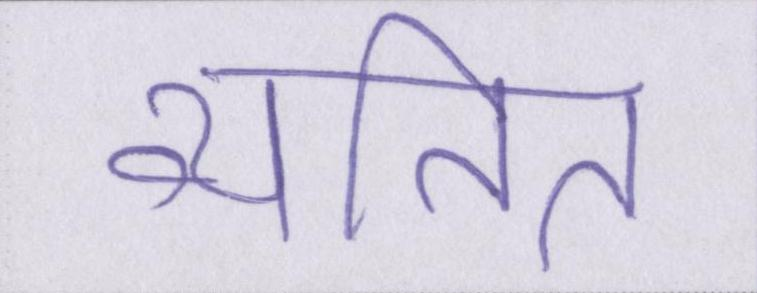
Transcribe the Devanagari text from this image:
व्यतित